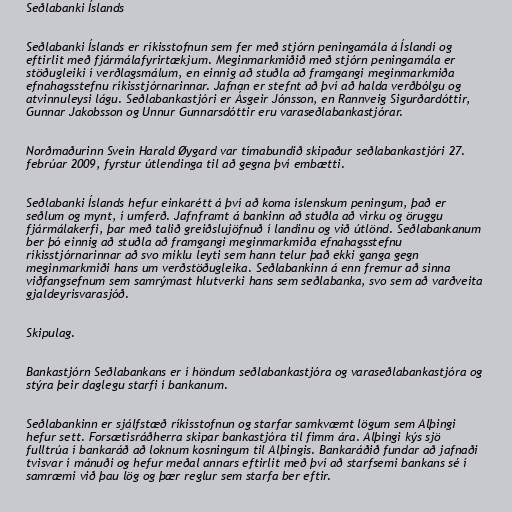
Seðlabanki Íslands

Seðlabanki Íslands er ríkisstofnun sem fer með stjórn peningamála á Íslandi og
eftirlit með fjármálafyrirtækjum. Meginmarkmiðið með stjórn peningamála er
stöðugleiki í verðlagsmálum, en einnig að stuðla að framgangi meginmarkmiða
efnahagsstefnu ríkisstjórnarinnar. Jafnan er stefnt að því að halda verðbólgu og
atvinnuleysi lágu. Seðlabankastjóri er Ásgeir Jónsson, en Rannveig Sigurðardóttir,
Gunnar Jakobsson og Unnur Gunnarsdóttir eru varaseðlabankastjórar.

Norðmaðurinn Svein Harald Øygard var tímabundið skipaður seðlabankastjóri 27.
febrúar 2009, fyrstur útlendinga til að gegna því embætti.

Seðlabanki Íslands hefur einkarétt á því að koma íslenskum peningum, það er
seðlum og mynt, í umferð. Jafnframt á bankinn að stuðla að virku og öruggu
fjármálakerfi, þar með talið greiðslujöfnuð í landinu og við útlönd. Seðlabankanum
ber þó einnig að stuðla að framgangi meginmarkmiða efnahagsstefnu
ríkisstjórnarinnar að svo miklu leyti sem hann telur það ekki ganga gegn
meginmarkmiði hans um verðstöðugleika. Seðlabankinn á enn fremur að sinna
viðfangsefnum sem samrýmast hlutverki hans sem seðlabanka, svo sem að varðveita
gjaldeyrisvarasjóð.

Skipulag.

Bankastjórn Seðlabankans er í höndum seðlabankastjóra og varaseðlabankastjóra og
stýra þeir daglegu starfi í bankanum.

Seðlabankinn er sjálfstæð ríkisstofnun og starfar samkvæmt lögum sem Alþingi
hefur sett. Forsætisráðherra skipar bankastjóra til fimm ára. Alþingi kýs sjö
fulltrúa í bankaráð að loknum kosningum til Alþingis. Bankaráðið fundar að jafnaði
tvisvar í mánuði og hefur meðal annars eftirlit með því að starfsemi bankans sé í
samræmi við þau lög og þær reglur sem starfa ber eftir.